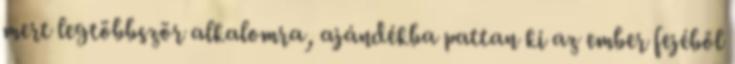
mert legtöbbször alkalomra, ajándékba pattan ki az ember fejéből